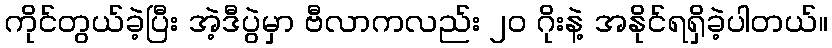
ကိုင်တွယ်ခဲ့ပြီး အဲ့ဒီပွဲမှာ ဗီလာကလည်း ၂၀ ဂိုးနဲ့ အနိုင်ရရှိခဲ့ပါတယ်။